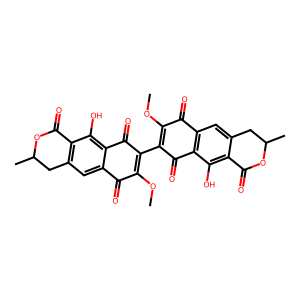
SMILES: COC1=C(C2=C(OC)C(=O)c3cc4c(c(O)c3C2=O)C(=O)OC(C)C4)C(=O)c2c(cc3c(c2O)C(=O)OC(C)C3)C1=O
Inhibits HIV replication: No